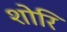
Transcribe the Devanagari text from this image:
शोरि